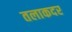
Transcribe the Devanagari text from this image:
तलाकदर